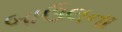
બાઉલના